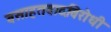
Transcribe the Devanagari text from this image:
वसाहतवादविरोधी